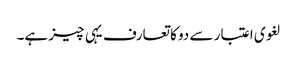
لغوی اعتبار سے دو کا تعارف یہی چیز ہے۔